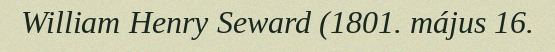
William Henry Seward (1801. május 16.